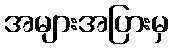
အများအပြားမှ